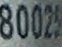
80025